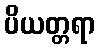
ပိယတ္တရာ